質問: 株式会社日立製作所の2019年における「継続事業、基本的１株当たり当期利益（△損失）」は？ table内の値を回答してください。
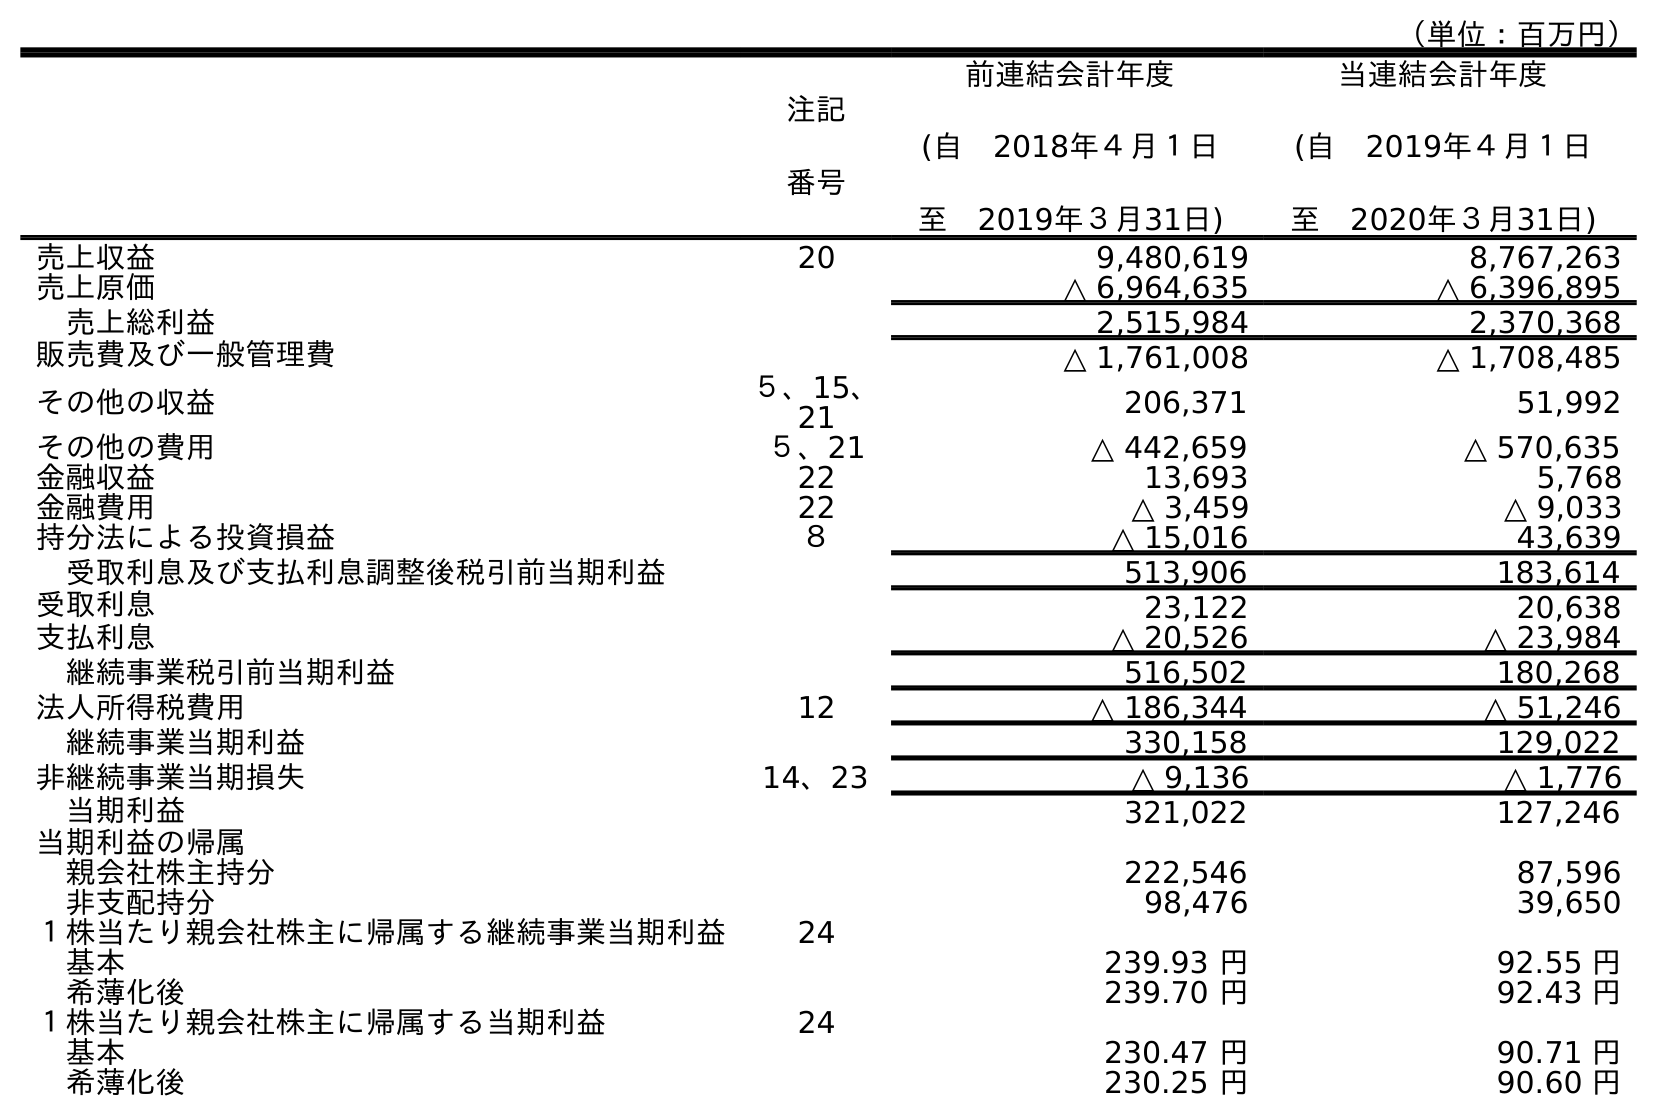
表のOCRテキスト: （単位：百万円） 注記 番号 前連結会計年度 (自 2018年４月１日 至 2019年３月31日) 当連結会計年度 (自 2019年４月１日 至 2020年３月31日) 売上収益 20 9,480,619 8,767,263 売上原価 △ 6,964,635 △ 6,396,895 売上総利益 2,515,984 2,370,368 販売費及び一般管理費 △ 1,761,008 △ 1,708,485 その他の収益 ５、15、 21 206,371 51,992 その他の費用 ５、21 △ 442,659 △ 570,635 金融収益 22 13,693 5,768 金融費用 22 △ 3,459 △ 9,033 持分法による投資損益 ８ △ 15,016 43,639 受取利息及び支払利息調整後税引前当期利益 513,906 183,614 受取利息 23,122 20,638 支払利息 △ 20,526 △ 23,984 継続事業税引前当期利益 516,502 180,268 法人所得税費用 12 △ 186,344 △ 51,246 継続事業当期利益 330,158 129,022 非継続事業当期損失 14、23 △ 9,136 △ 1,776 当期利益 321,022 127,246 当期利益の帰属 親会社株主持分 222,546 87,596 非支配持分 98,476 39,650 １株当たり親会社株主に帰属する継続事業当期利益 24 基本 239.93 円 92.55 円 希薄化後 239.70 円 92.43 円 １株当たり親会社株主に帰属する当期利益 24 基本 230.47 円 90.71 円 希薄化後 230.25 円 90.60 円
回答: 239.93円